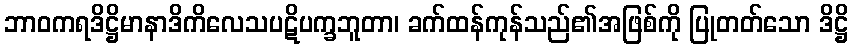
ဘာဝကရဒိဋ္ဌိမာနာဒိကိလေသပဋိပက္ခဘူတာ၊ ခက်ထန်ကုန်သည်၏အဖြစ်ကို ပြုတတ်သော ဒိဋ္ဌိ